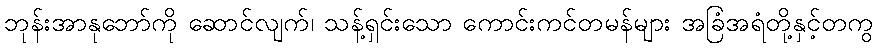
ဘုန်းအာနုဘော်ကို ဆောင်လျက်၊ သန့်ရှင်းသော ကောင်းကင်တမန်များ အခြံအရံတို့နှင့်တကွ